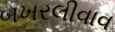
બખરલીવાવ